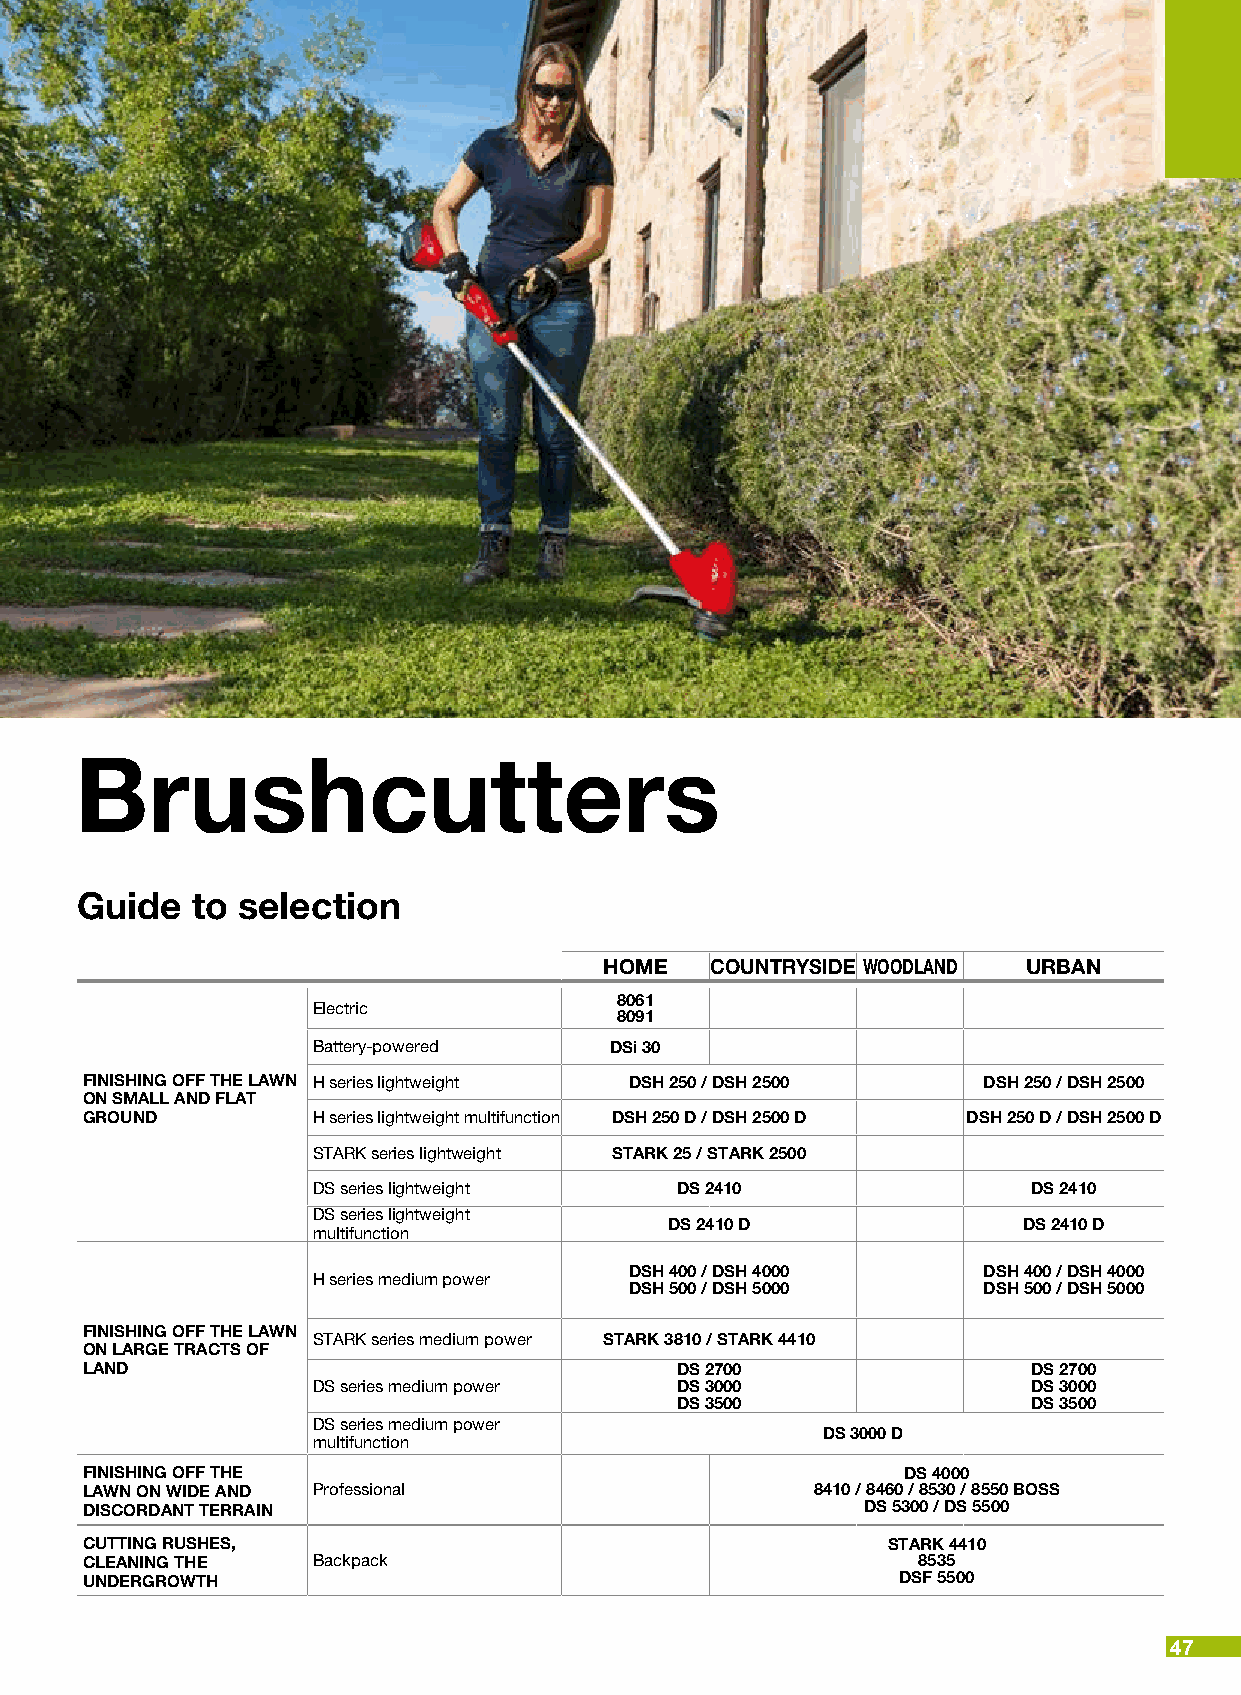
Brushcutters
 Guide   to selection
 HOME   COUNTRYSIDE WOODLAND URBAN
 8061
 Electric
 8091
 Battery-powered    DSi 30
 FINISHING OFF THE LAWN H series lightweight DSH 250 / DSH 2500 DSH 250 / DSH 2500
 ON SMALL AND FLAT
 GROUND          H series lightweight multifunction DSH 250 D / DSH 2500 D DSH 250 D / DSH 2500 D
 STARK series lightweight STARK 25 / STARK 2500
 DS series lightweight   DS 2410                DS 2410
 DS series lightweight
 DS 2410 D               DS 2410 D
 multifunction
 DSH 400 / DSH 4000     DSH 400 / DSH 4000
 H series medium power
 DSH 500 / DSH 5000     DSH 500 / DSH 5000
 FINISHING OFF THE LAWN
 STARK series medium power STARK 3810 / STARK 4410
 ON LARGE TRACTS OF
 LAND                                    DS 2700                DS 2700
 DS series medium power  DS 3000                DS 3000
 DS 3500                DS 3500
 DS series medium power
 DS 3000 D
 multifunction
 FINISHING OFF THE                                      DS 4000
 LAWN ON WIDE AND Professional                    8410 / 8460 / 8530 / 8550 BOSS
 DISCORDANT TERRAIN                                  DS 5300 / DS 5500
 CUTTING RUSHES,                                       STARK 4410
 CLEANING THE    Backpack                                8535
 UNDERGROWTH                                           DSF 5500
 47